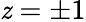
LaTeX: \mathit{z}=\pm1